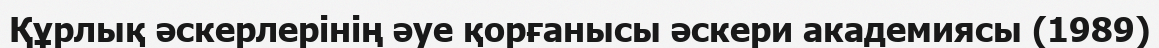
Құрлық әскерлерінің әуе қорғанысы әскери академиясы (1989)